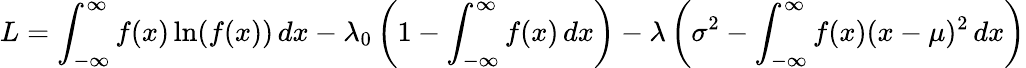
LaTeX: L=\int_{-\infty}^{\infty}f(x)\ln(f(x))\, dx-\lambda_{0}\left(1-\int_{-\infty}^{\infty}f(x)\, dx\right)-\lambda\left(\sigma^{2}-\int_{-\infty}^{\infty}f(x)(x-\mu)^{2}\, dx\right)